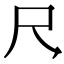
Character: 𪛛